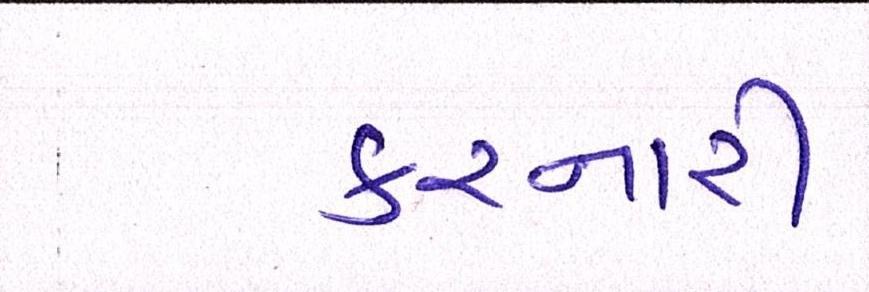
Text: કરનારી